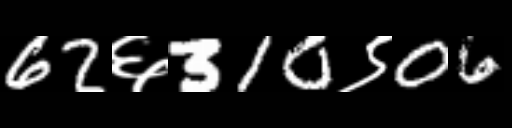
Text: 62६310९06